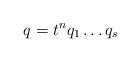
LaTeX: \begin{align*}q=t^nq_1 \dots q_s\end{align*}